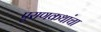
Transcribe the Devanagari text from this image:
पुराणकथांचा